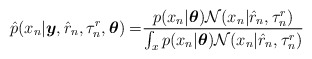
\begin{align*}\hat{p}(x_n|\boldsymbol{y},\hat{r}_n,\tau_n^r,\boldsymbol{\theta})=&\frac{p(x_n|\boldsymbol{\theta})\mathcal{N}(x_n|\hat{r}_n,\tau_n^r)}{\int_xp(x_n|\boldsymbol{\theta})\mathcal{N}(x_n|\hat{r}_n,\tau_n^r)}\end{align*}